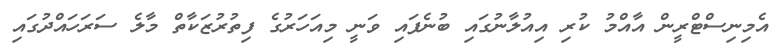
އެމިނިސްޓްރީން އާއްމު ކުރި އިއުލާނުގައި ބުނެފައި ވަނީ މިއަހަރުގެ ފިތުރުޒަކާތް މާލެ ސަރަހައްދުގައި